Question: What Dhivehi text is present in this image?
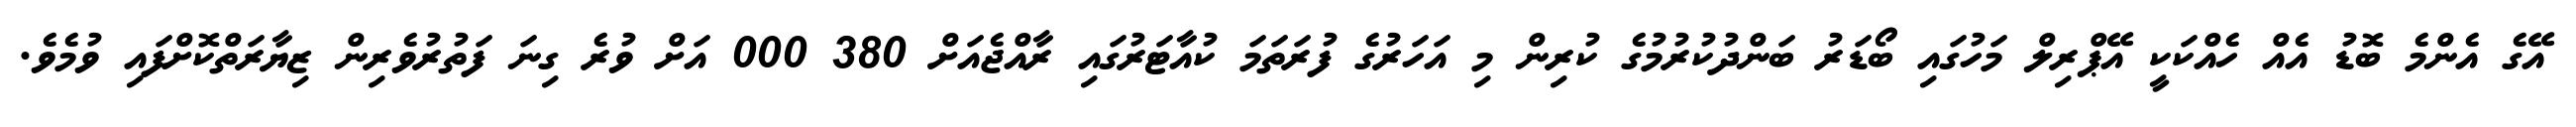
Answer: އޭގެ އެންމެ ބޮޑު އެއް ހެއްކަކީ އޭޕްރިލް މަހުގައި ބޯޑަރު ބަންދުކުރުމުގެ ކުރިން މި އަހަރުގެ ފުރަތަމަ ކުއާޓަރުގައި ރާއްޖެއަށް 380 000 އަށް ވުރެ ގިނަ ފަތުރުވެރިން ޒިޔާރަތްކޮށްފައި ވުމެވެ.